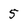
Character: 5